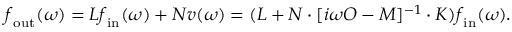
\boldsymbol { f } _ { \mathrm { o u t } } ( \omega ) = L \boldsymbol { f } _ { \mathrm { i n } } ( \omega ) + N \boldsymbol { v } ( \omega ) = ( L + N \cdot [ i \omega O - M ] ^ { - 1 } \cdot K ) \boldsymbol { f } _ { \mathrm { i n } } ( \omega ) .